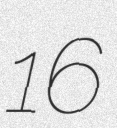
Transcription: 16